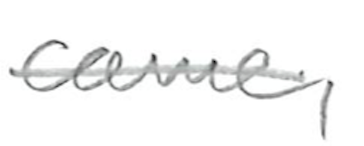
Text: came,
Cross-out: single-line
Writing tool: pencil